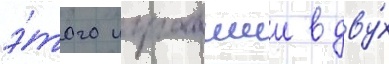
э́того игравшии в дву́х